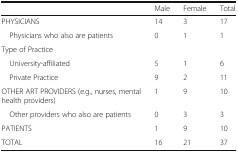
|  | Male | Female | Total |
 | --- | --- | --- | --- |
 | PHYSICIANS | 14 | 3 | 17 |
 | Physicians who also are patients | 0 | 1 | 1 |
 | Type of Practice |  |  |  |
 | University-affiliated | 5 | 1 | 6 |
 | Private Practice | 9 | 2 | 11 |
 | OTHER ART PROVIDERS (e.g., nurses, mental health providers) | 1 | 9 | 10 |
 | Other providers who also are patients | 0 | 3 | 3 |
 | PATIENTS | 1 | 9 | 10 |
 | TOTAL | 16 | 21 | 37 |